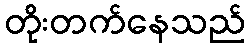
တိုးတက်နေသည်